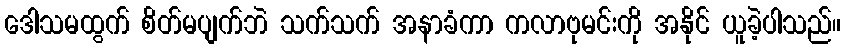
ဒေါသမထွက် စိတ်မပျက်ဘဲ သက်သက် အနာခံကာ ကလာဗုမင်းကို အနိုင် ယူခဲ့ပါသည်။